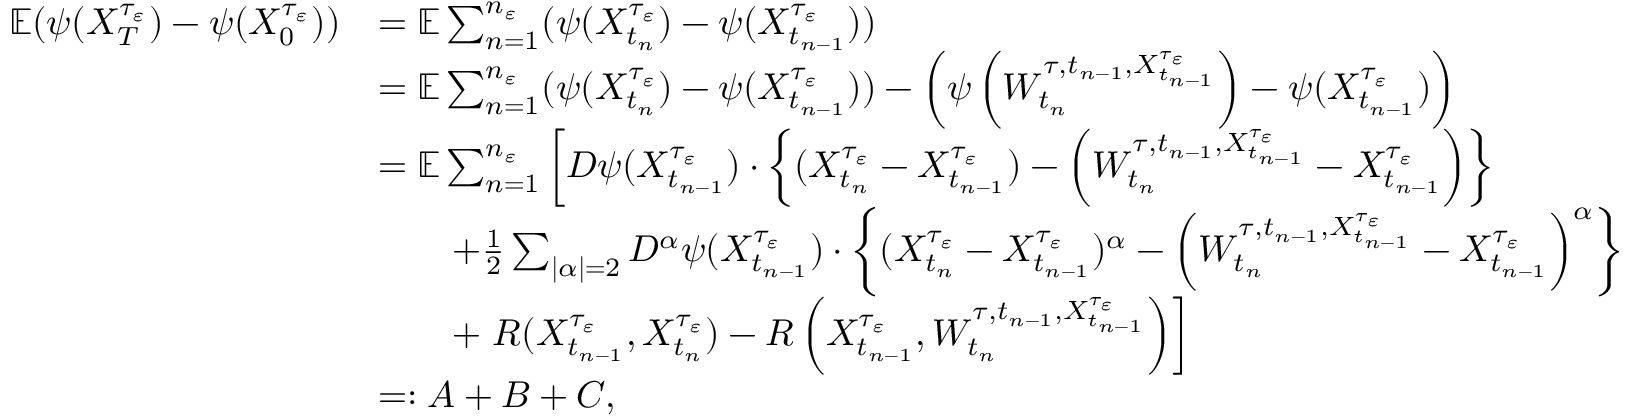
\begin{array} { r l } { \mathbb { E } ( \psi ( X _ { T } ^ { \tau _ { \varepsilon } } ) - \psi ( X _ { 0 } ^ { \tau _ { \varepsilon } } ) ) } & { = \mathbb { E } \sum _ { n = 1 } ^ { n _ { \varepsilon } } ( \psi ( X _ { t _ { n } } ^ { \tau _ { \varepsilon } } ) - \psi ( X _ { t _ { n - 1 } } ^ { \tau _ { \varepsilon } } ) ) } \\ & { = \mathbb { E } \sum _ { n = 1 } ^ { n _ { \varepsilon } } ( \psi ( X _ { t _ { n } } ^ { \tau _ { \varepsilon } } ) - \psi ( X _ { t _ { n - 1 } } ^ { \tau _ { \varepsilon } } ) ) - \left( \psi \left( W _ { t _ { n } } ^ { \tau , t _ { n - 1 } , X _ { t _ { n - 1 } } ^ { \tau _ { \varepsilon } } } \right) - \psi ( X _ { t _ { n - 1 } } ^ { \tau _ { \varepsilon } } ) \right) } \\ & { = \mathbb { E } \sum _ { n = 1 } ^ { n _ { \varepsilon } } \left[ D \psi ( X _ { t _ { n - 1 } } ^ { \tau _ { \varepsilon } } ) \cdot \left\{ ( X _ { t _ { n } } ^ { \tau _ { \varepsilon } } - X _ { t _ { n - 1 } } ^ { \tau _ { \varepsilon } } ) - \left( W _ { t _ { n } } ^ { \tau , t _ { n - 1 } , X _ { t _ { n - 1 } } ^ { \tau _ { \varepsilon } } } - X _ { t _ { n - 1 } } ^ { \tau _ { \varepsilon } } \right) \right\} \right. } \\ & { \qquad + \frac { 1 } { 2 } \sum _ { | \alpha | = 2 } D ^ { \alpha } \psi ( X _ { t _ { n - 1 } } ^ { \tau _ { \varepsilon } } ) \cdot \left\{ ( X _ { t _ { n } } ^ { \tau _ { \varepsilon } } - X _ { t _ { n - 1 } } ^ { \tau _ { \varepsilon } } ) ^ { \alpha } - \left( W _ { t _ { n } } ^ { \tau , t _ { n - 1 } , X _ { t _ { n - 1 } } ^ { \tau _ { \varepsilon } } } - X _ { t _ { n - 1 } } ^ { \tau _ { \varepsilon } } \right) ^ { \alpha } \right\} } \\ & { \qquad + \left. R ( X _ { t _ { n - 1 } } ^ { \tau _ { \varepsilon } } , X _ { t _ { n } } ^ { \tau _ { \varepsilon } } ) - R \left( X _ { t _ { n - 1 } } ^ { \tau _ { \varepsilon } } , W _ { t _ { n } } ^ { \tau , t _ { n - 1 } , X _ { t _ { n - 1 } } ^ { \tau _ { \varepsilon } } } \right) \right] } \\ & { = : A + B + C , } \end{array}